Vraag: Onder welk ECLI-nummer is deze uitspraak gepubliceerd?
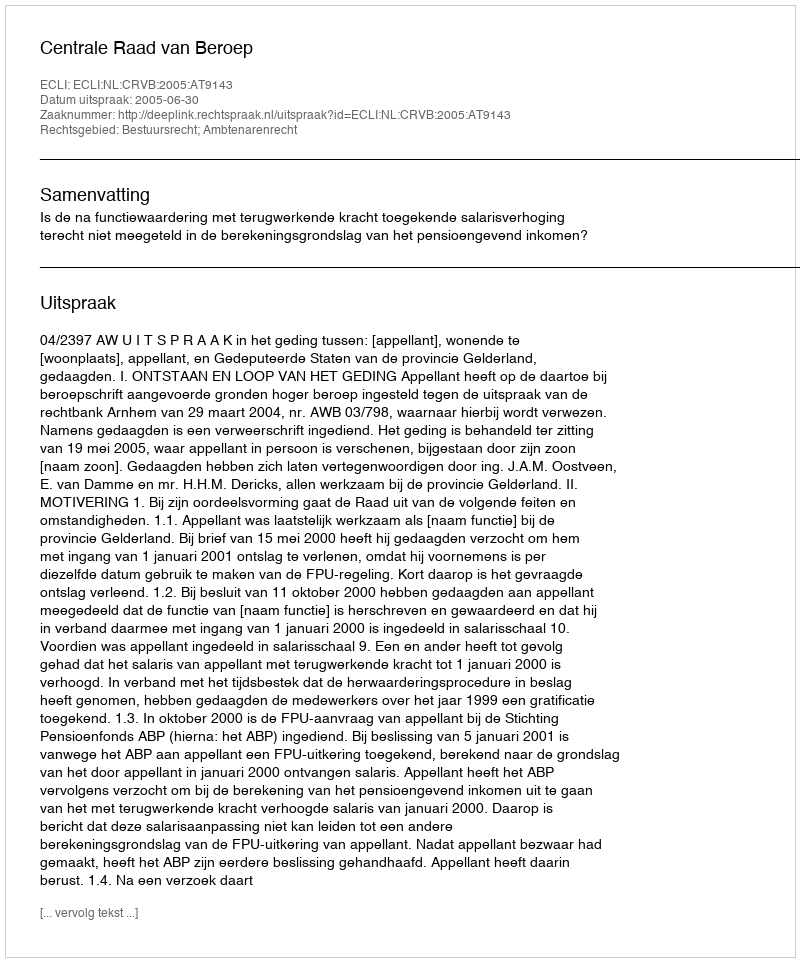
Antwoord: ECLI:NL:CRVB:2005:AT9143